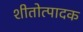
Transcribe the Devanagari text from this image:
शीतोत्पादक